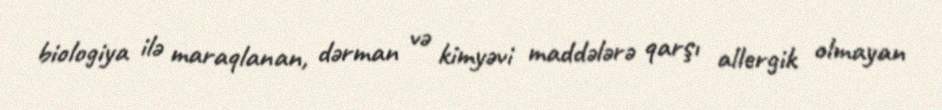
biologiya ilə maraqlanan, dərman və kimyəvi maddələrə qarşı allergik olmayan